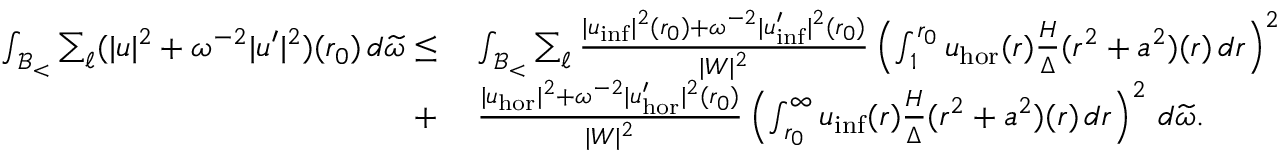
\begin{array} { r l } { \int _ { \mathcal { B } _ { < } } \sum _ { \ell } ( | u | ^ { 2 } + \omega ^ { - 2 } | u ^ { \prime } | ^ { 2 } ) ( r _ { 0 } ) \, d \widetilde { \omega } \leq } & { \: \int _ { \mathcal { B } _ { < } } \sum _ { \ell } \frac { | u _ { \mathrm { i n f } } | ^ { 2 } ( r _ { 0 } ) + \omega ^ { - 2 } | u _ { \mathrm { i n f } } ^ { \prime } | ^ { 2 } ( r _ { 0 } ) } { | W | ^ { 2 } } \left( \int _ { 1 } ^ { r _ { 0 } } u _ { \mathrm { h o r } } ( r ) \frac { H } { \Delta } ( r ^ { 2 } + a ^ { 2 } ) ( r ) \, d r \right) ^ { 2 } } \\ { + } & { \: \frac { | u _ { \mathrm { h o r } } | ^ { 2 } + \omega ^ { - 2 } | u _ { \mathrm { h o r } } ^ { \prime } | ^ { 2 } ( r _ { 0 } ) } { | W | ^ { 2 } } \left( \int _ { r _ { 0 } } ^ { \infty } u _ { \mathrm { i n f } } ( r ) \frac { H } { \Delta } ( r ^ { 2 } + a ^ { 2 } ) ( r ) \, d r \right) ^ { 2 } \, d \widetilde { \omega } . } \end{array}